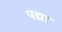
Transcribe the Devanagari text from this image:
पद्या